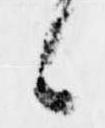
候